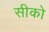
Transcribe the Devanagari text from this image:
सीको